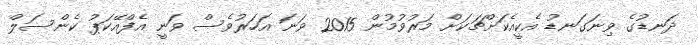
ދަނޑުގެ ވިނަގަނޑު އެކީއެކަށްޗަކަށް މަރުވުމުން 2015 ވަނަ އަހަރުވެސް ވަނީ އެފްއޭކަޕު ކެންސަލް